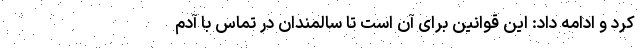
کرد و ادامه داد: این قوانین برای آن است تا سالمندان در تماس با آدم